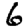
Digit: 6